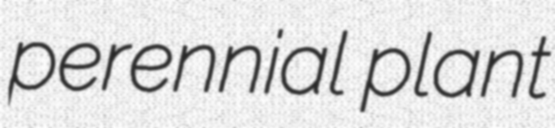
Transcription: perennial plant